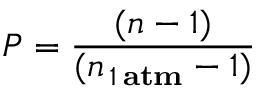
P = \frac { ( n - 1 ) } { ( n _ { \, 1 \, \bf { a t m } } - 1 ) }